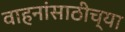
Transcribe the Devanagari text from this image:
वाहनांसाठीच्या